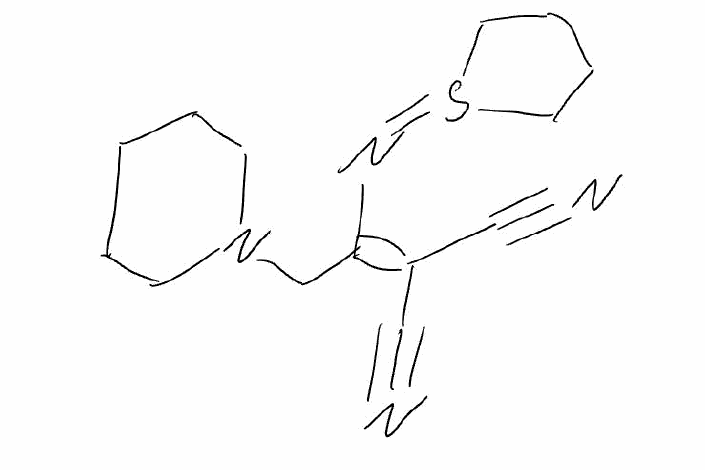
Simplified molecular-input line-entry system (SMILES) notation of the given molecule:
C1CCN(CC1)CC(=C(C#N)C#N)N=S2CCCC2